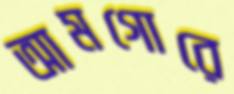
আমগোরে